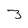
Character: 3